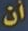
أن